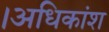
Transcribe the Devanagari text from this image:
।अधिकांश